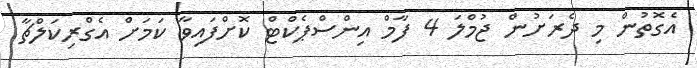
އެގޮތުން މި ދެރަށުން ޖުމްލަ 4 ފާމް އިންސްޕެކްޓް ކޮށްފައިވާ ކަމަށް އެގްރިކަލްޗާ